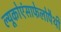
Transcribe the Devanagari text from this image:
ल्यूकोएंसाफेलोपैथी